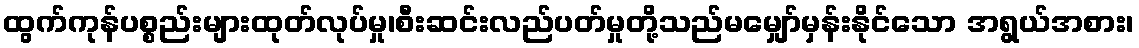
ထွက်ကုန်ပစ္စည်းများထုတ်လုပ်မှု၊စီးဆင်းလည်ပတ်မှုတို့သည်မမျှော်မှန်းနိုင်သော အရွယ်အစား၊